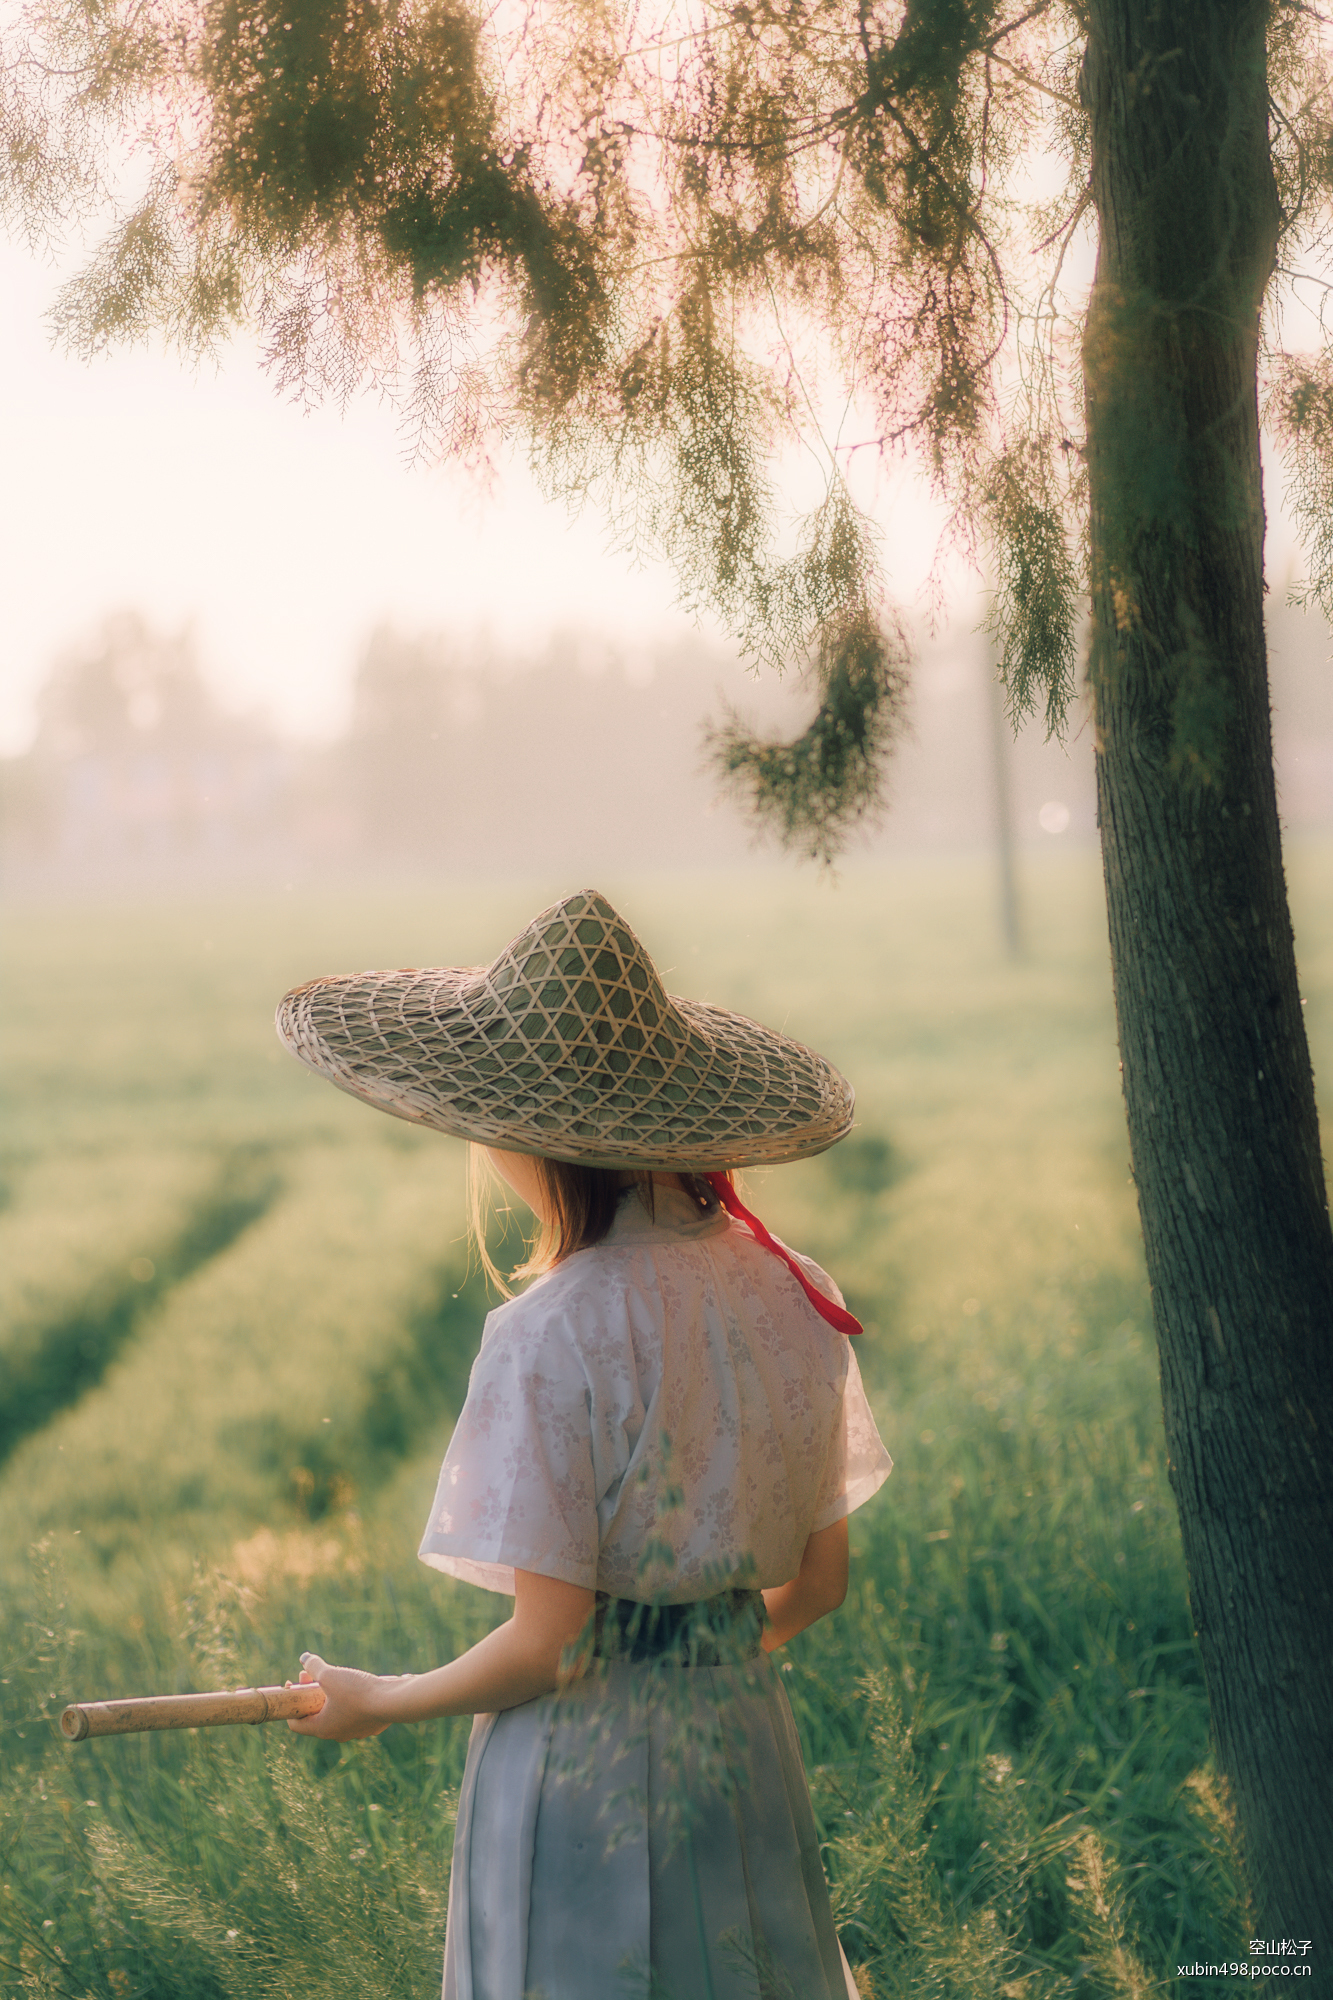
无田似我犹欣舞，何况田间望岁心。